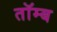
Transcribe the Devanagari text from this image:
तॉम्ब